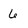
Character: 6